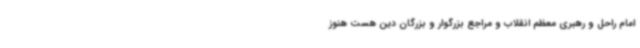
امام راحل و رهبری معظم انقلاب و مراجع بزرگوار و بزرگان دین هست هنوز